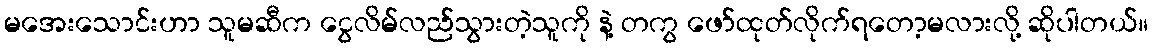
မအေးသောင်းဟာ သူမဆီက ငွေလိမ်လည်သွားတဲ့သူကို နဲ့ တကွ ဖော်ထုတ်လိုက်ရတော့မလားလို့ ဆိုပါတယ်။